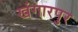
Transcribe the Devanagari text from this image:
खंगारपुर